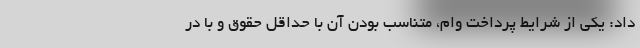
داد: یکی از شرایط پرداخت وام، متناسب بودن آن با حداقل حقوق و با در